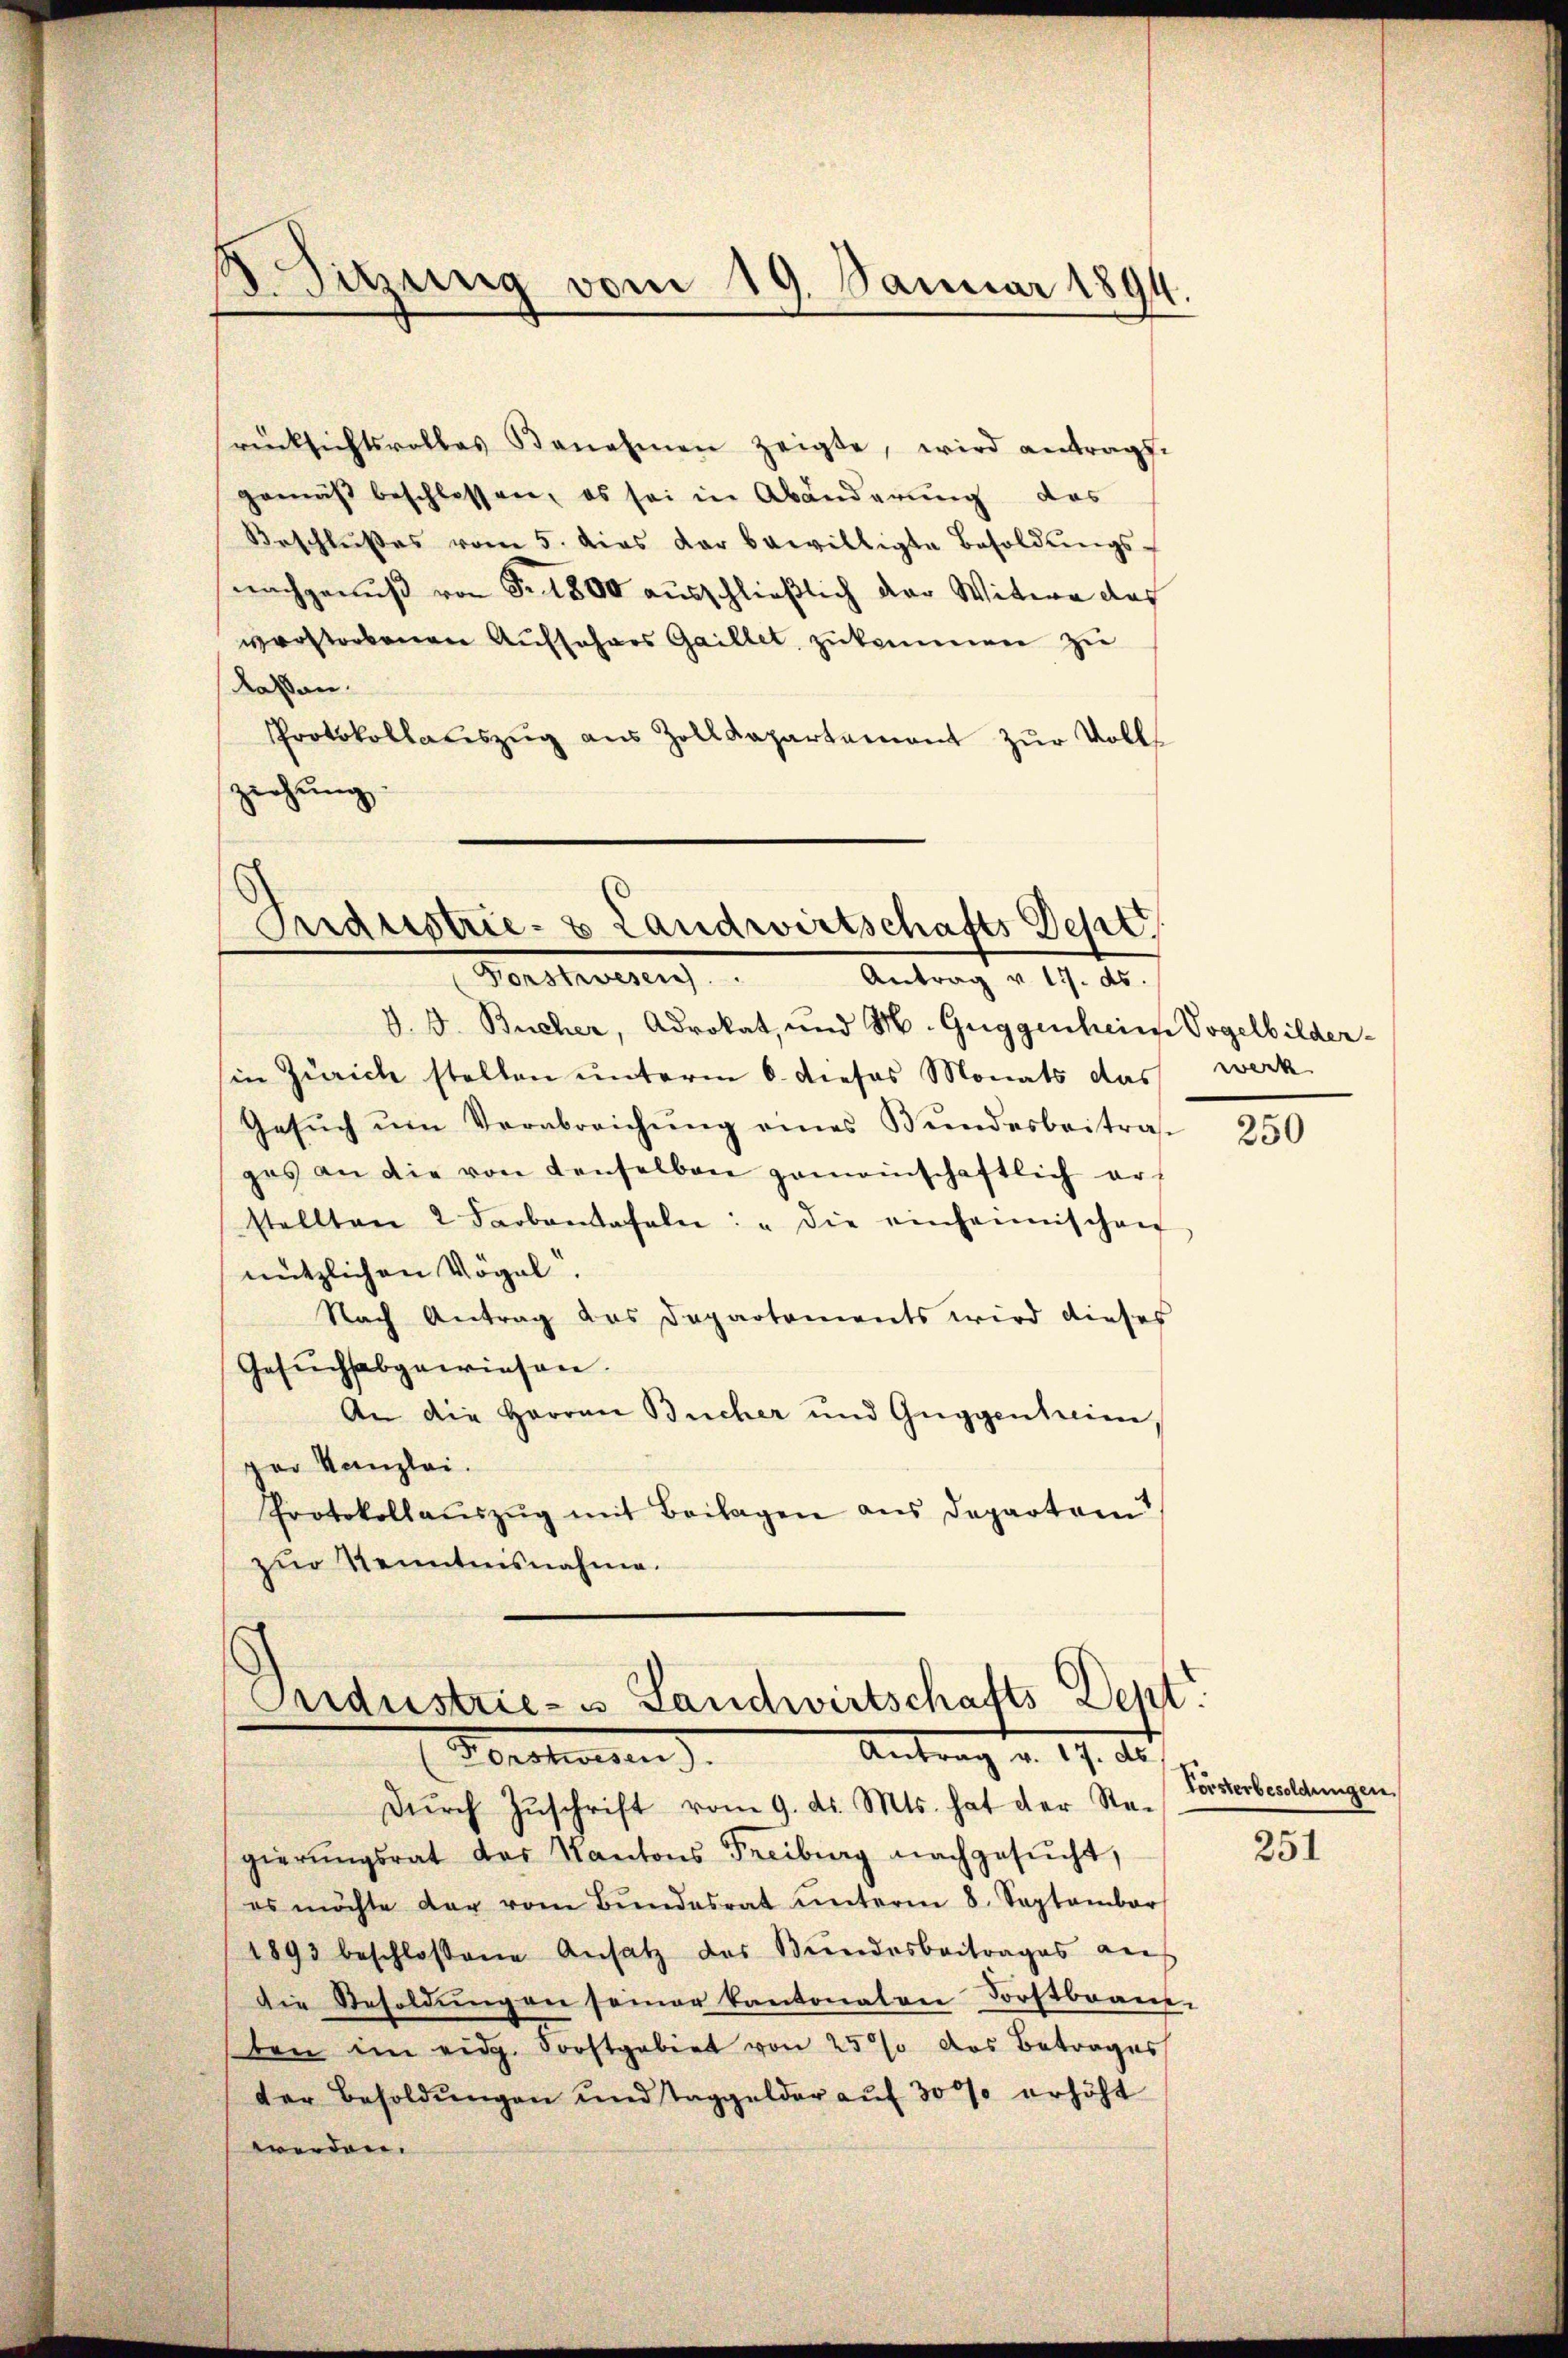
rücksichtsvolles Benehmen zeigte, wird antrags-
gemäß beschlossen, es sei in Abänderung das
Beschlußes vom 5. dies der bewilligte Besoldŭngs-
nachgenuß von Fr. 1800 ausschließlich der Witwe das
verstorbenen Auffahres Gaillet zukommen zu
Kassen.
Protokollauszug aus Zolldepartement zur Volls
ziehung

Sitzung vom 19. Januar 1894.

Industrie- & Landwirtschafts Deput
Forstwesen. Antrag v. 17. ds.

V. B. Bucher, Adrokat, und M. Guggenheim Vogelbilder-
in Zürich stellen unterm 6. dieses Monats das werk
Gesŭch ŭm Verabreichŭng eines Bundesbeitra-
ges an die von denselben gemeinschaftlich erstellten 2 Farbantafeln: "die einheimischen
nützlichen Vögel.
Nach Antrag des Departements wird dieses
Gesŭchsabgewiesen.
An die Herren Bucher und Guggenheim
per Kanzlei.
Protokollaŭszŭg mit Beilagen aus Departam
zur Kenntnisnahme.

Oridustrie- u Landwirtschafts Dept
Antrag v. 19. ds.
Zeitungen)

Dŭrch Zŭschrift vom 9. d. Mts. hat der Re-
gierŭngsrat das Kantons Freiburg nachgesŭcht,
es möchte der vom Bŭndesrat ŭnterm 8. September
1893 beschlossene Ansatz des Bundesbeitrages auf
Die Resoldŭngen seiner kantonalen Forstbrans-
ten im eidg. Forstgebiet von 25% des Betrages
der Besoldŭngen und Taggelder aŭf 30% erhöht
werden.

250

Vorsterbesoldungen.

251